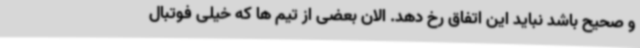
و صحیح باشد نباید این اتفاق رخ دهد. الان بعضی از تیم ها که خیلی فوتبال